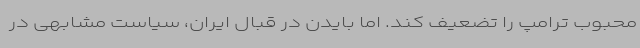
محبوب ترامپ را تضعیف کند. اما بایدن در قبال ایران، سیاست مشابهی در